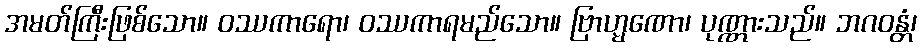
အမတ်ကြီးဖြစ်သော။ ဝဿကာရော၊ ဝဿကာရမည်သော။ ဗြာဟ္မဏော၊ ပုဏ္ဏားသည်။ ဘဂဝန္တံ၊